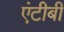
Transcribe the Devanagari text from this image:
एंटीबी